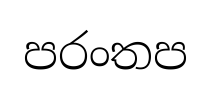
පරංතප